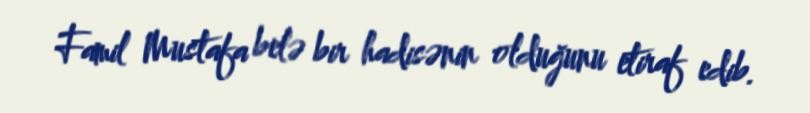
Famil Mustafa belə bir hadisənin olduğunu etiraf edib.